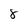
Character: 8